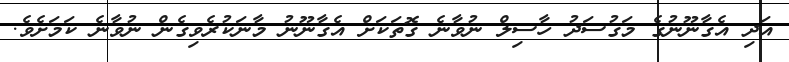
އަދި އެގާނޫނުގެ މަގުސަދު ހާސިލް ނުވާނެ ގޮތަކަށް އެގާނޫނު މާނަކުރެވިގެން ނުވާނެ ކަމަށެވެ.